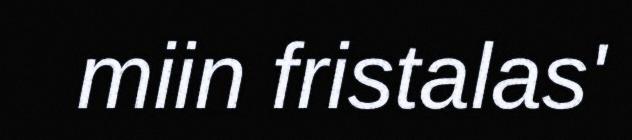
miin fristalas'